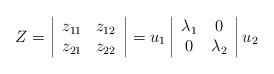
LaTeX: \begin{align*}Z=\left| \begin{array}{cc} z_{11} & z_{12} \\ z_{21} & z_{22} \end{array} \right| = u_1 \left| \begin{array}{cc} \lambda_{1} & 0 \\ 0 & \lambda_2 \end{array} \right| u_2\end{align*}